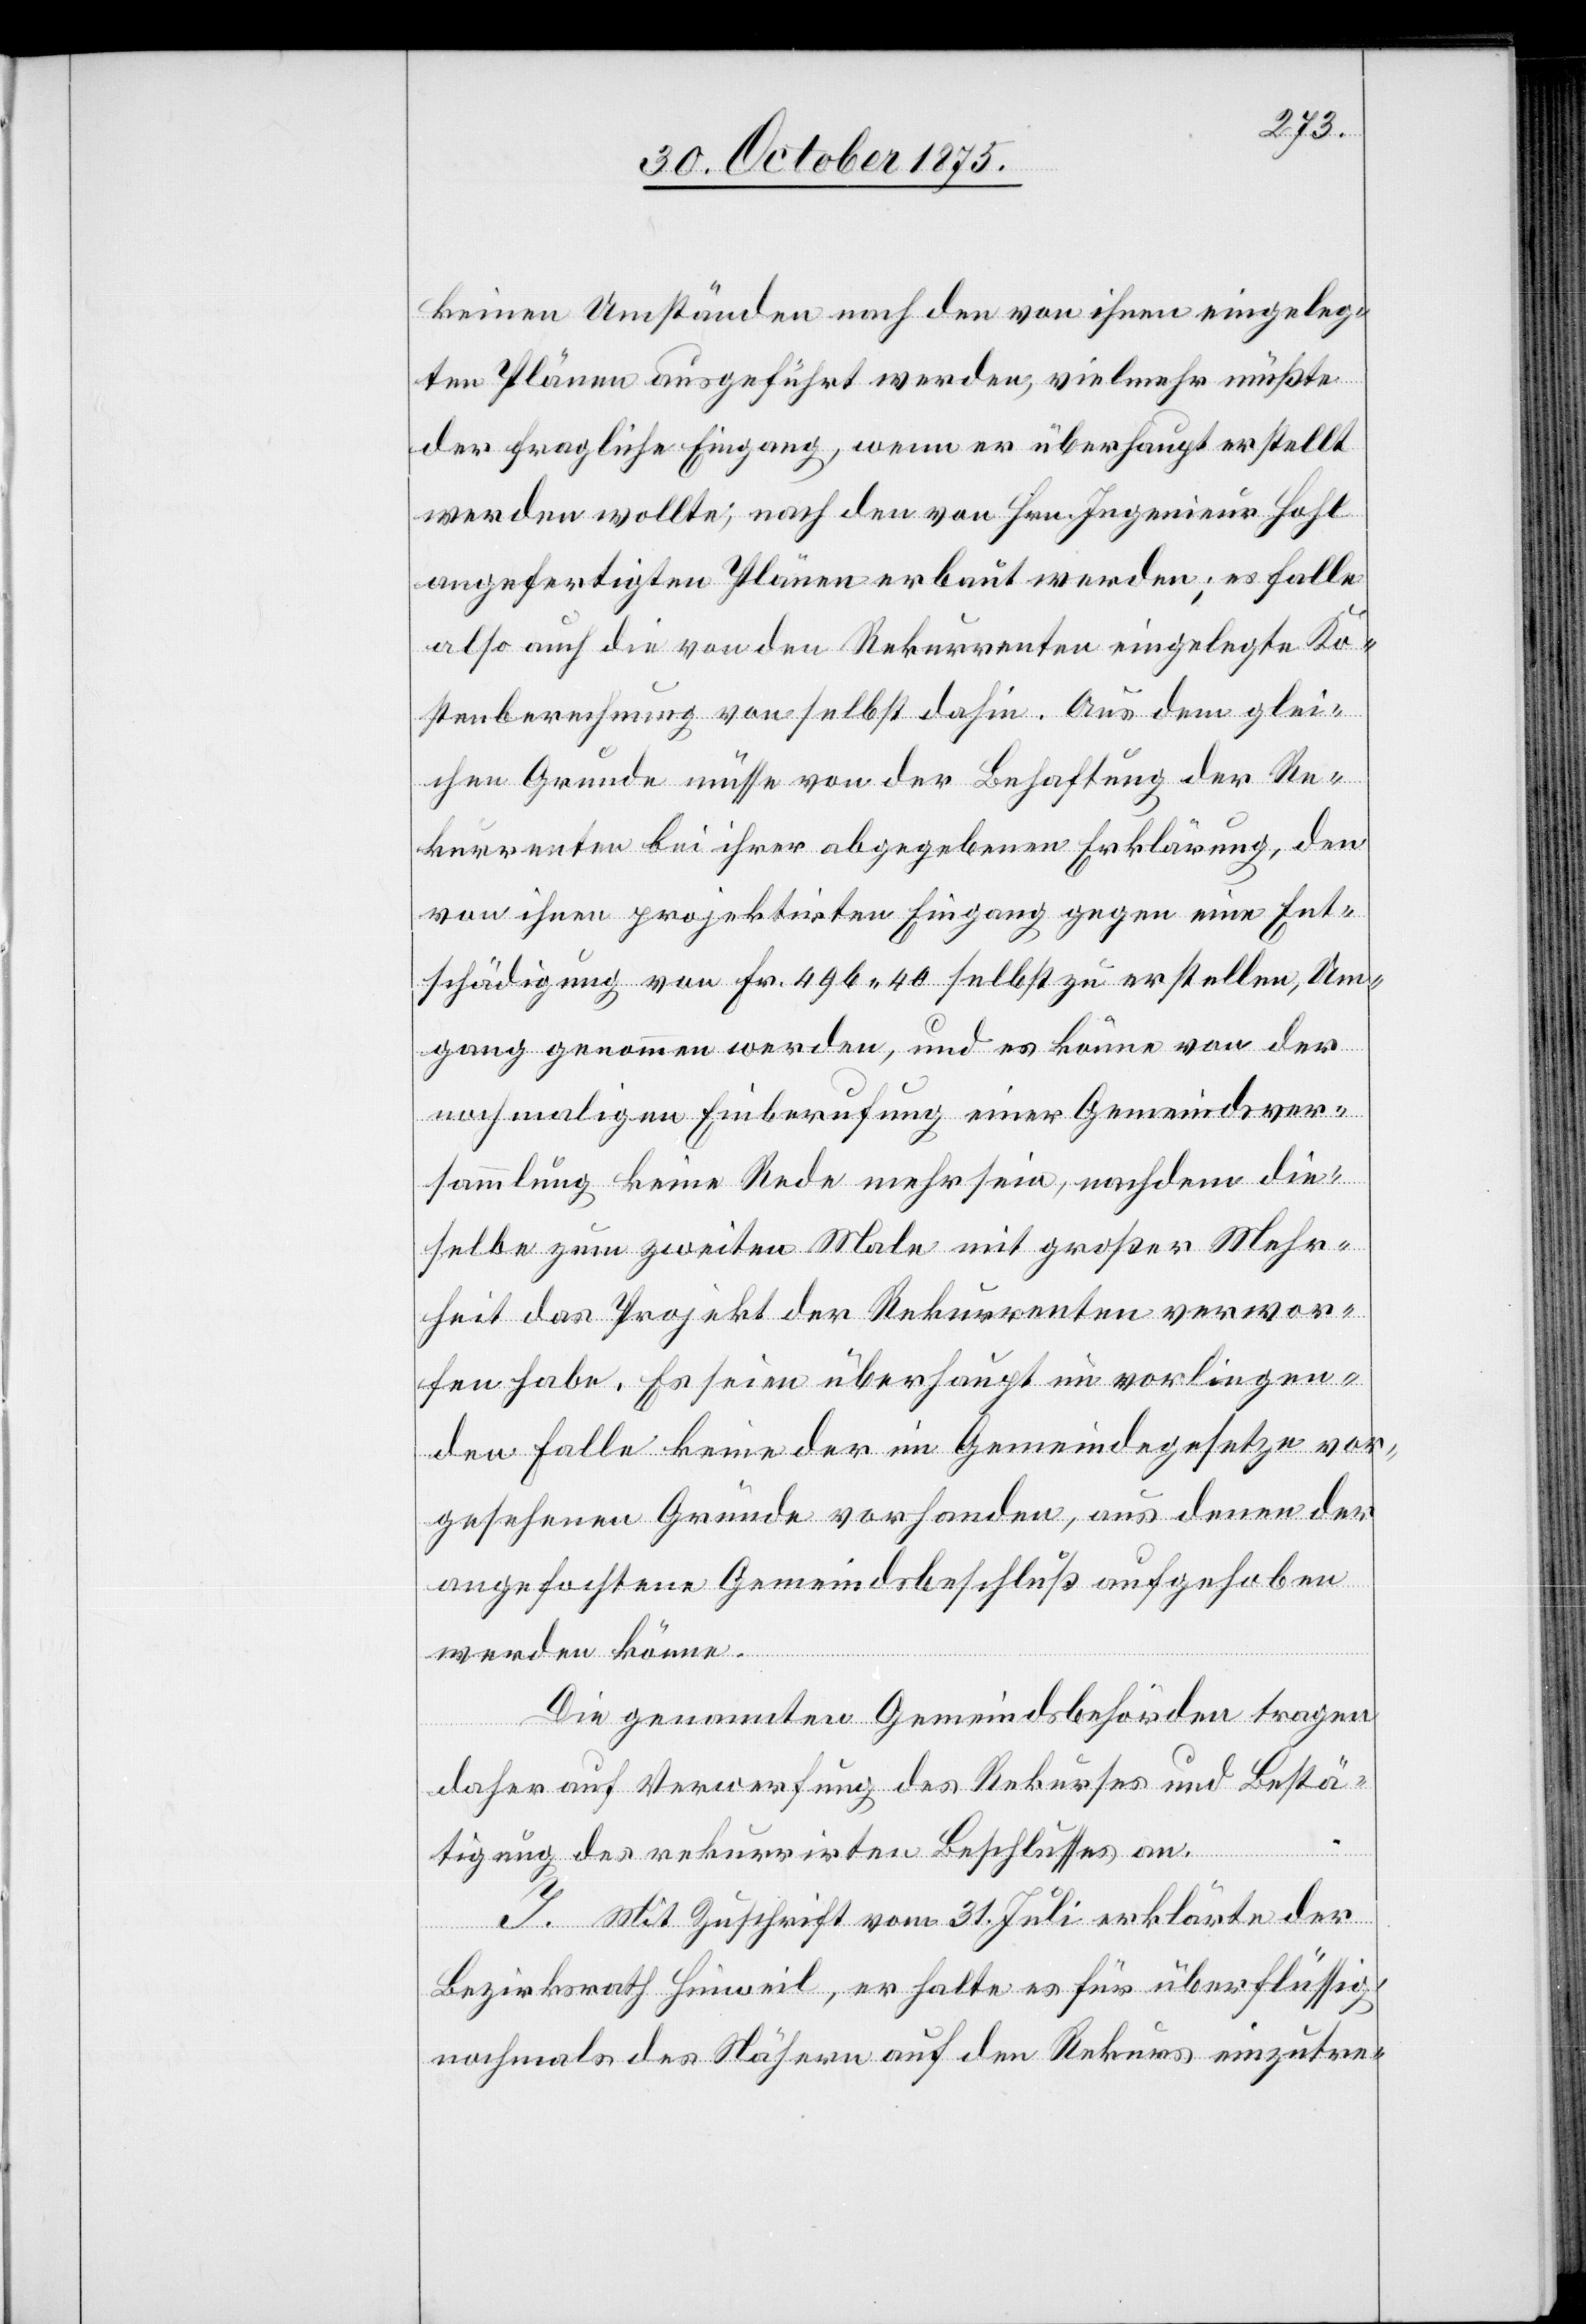
keinen Umständen nach den von ihnen eingeleg¬
ten Plänen ausgeführt werden, vielmehr müßte
der fragliche Eingang, wenn er überhaupt erstellt
werden wollte, nach den von Hrn. Ingenieur Hohl
angefertigten Plänen erbaut werden; es falle
also auch die von den Rekurrenten eingelegte Ko¬
stenberechnung von selbst dahin. Aus dem glei¬
chen Grunde müsse von der Behaftung der Re¬
kurrenten bei ihrer abgegebenen Erklärung, den
von ihnen projektirten Eingang gegen eine Ent¬
schädigung von Fr. 496 40 selbst zu erstellen, Um¬
gang genommen werden, und es könne von der
nochmaligen Einberufung einer Gemeindsver¬
sammlung keine Rede mehr sein, nachdem die¬
selbe zum zweiten Male mit großer Mehr¬
heit das Projekt der Rekurrenten verwor¬
fen habe. Es seien überhaupt im vorliegen¬
den Falle keine der im Gemeindegesetze vor¬
gesehenen Gründe vorhanden, aus denen der
angefochtene Gemeindsbeschluß aufgehoben
werden könne.
Die genannten Gemeindsbehörden tragen
daher auf Verwerfung des Rekurses und Bestä¬
tigung des rekurrirten Beschlusses an.
I. Mit Zuschrift vom 31. Juli erklärte der
Bezirksrath Hinweil, er halte es für überflüssig,
nochmals des Nähern auf den Rekurs einzutre-